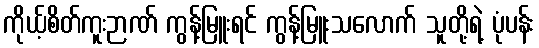
ကိုယ့်စိတ်ကူးဉာဏ် ကွန့်မြူးရင် ကွန့်မြူးသလောက် သူတို့ရဲ့ ပုံပန်း